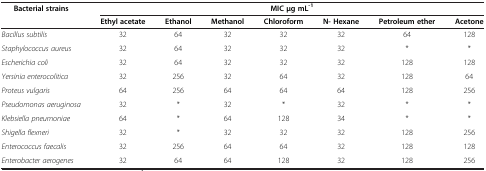
<table><thead><tr><td rowspan="2"><b>Bacterial strains</b></td><td colspan="7"><b>MIC μg mL<sup>-1</sup></b></td></tr><tr><td><b>Ethyl acetate</b></td><td><b>Ethanol</b></td><td><b>Methanol</b></td><td><b>Chloroform</b></td><td><b>N- Hexane</b></td><td><b>Petroleum ether</b></td><td><b>Acetone</b></td></tr></thead><tbody><tr><td><i>Bacillus subtilis</i></td><td>32</td><td>64</td><td>32</td><td>32</td><td>32</td><td>64</td><td>128</td></tr><tr><td><i>Staphylococcus aureus</i></td><td>32</td><td>64</td><td>32</td><td>32</td><td>32</td><td>*</td><td>*</td></tr><tr><td><i>Escherichia coli</i></td><td>32</td><td>64</td><td>32</td><td>32</td><td>32</td><td>128</td><td>128</td></tr><tr><td><i>Yersinia enterocolitica</i></td><td>32</td><td>256</td><td>32</td><td>64</td><td>32</td><td>128</td><td>64</td></tr><tr><td><i>Proteus vulgaris</i></td><td>64</td><td>256</td><td>64</td><td>64</td><td>64</td><td>128</td><td>256</td></tr><tr><td><i>Pseudomonas aeruginosa</i></td><td>32</td><td>*</td><td>32</td><td>*</td><td>32</td><td>*</td><td>*</td></tr><tr><td><i>Klebsiella pneumoniae</i></td><td>64</td><td>*</td><td>64</td><td>128</td><td>34</td><td>*</td><td>*</td></tr><tr><td><i>Shigella flexneri</i></td><td>32</td><td>*</td><td>32</td><td>32</td><td>32</td><td>128</td><td>256</td></tr><tr><td><i>Enterococcus faecalis</i></td><td>32</td><td>256</td><td>64</td><td>64</td><td>32</td><td>128</td><td>128</td></tr><tr><td><i>Enterobacter aerogenes</i></td><td>32</td><td>64</td><td>64</td><td>128</td><td>32</td><td>128</td><td>256</td></tr></tbody></table>